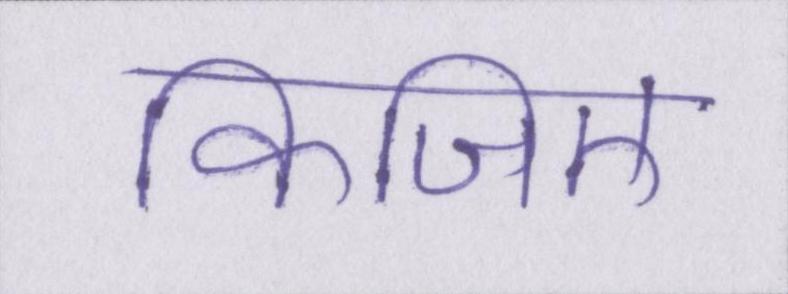
किजिए